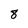
Character: 8